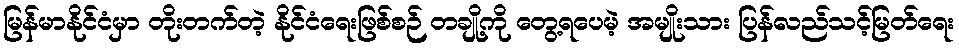
မြန်မာနိုင်ငံမှာ တိုးတက်တဲ့ နိုင်ငံရေးဖြစ်စဉ် တချို့ကို တွေ့ရပေမဲ့ အမျိုးသား ပြန်လည်သင့်မြတ်ရေး